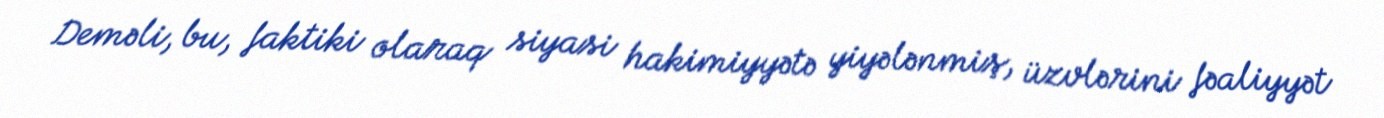
Deməli, bu, faktiki olaraq siyasi hakimiyyətə yiyələnmiş, üzvlərini fəaliyyət